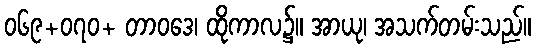
၀၆၉+၀၇၀+ တာဝဒေ၊ ထိုကာလ၌။ အာယု၊ အသက်တမ်းသည်။